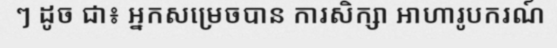
ៗ ដូច ជា៖ អ្នកសម្រេចបាន ការសិក្សា អាហារូបករណ៍